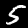
Digit: 5